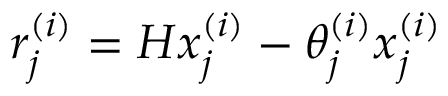
r _ { j } ^ { ( i ) } = H x _ { j } ^ { ( i ) } - \theta _ { j } ^ { ( i ) } x _ { j } ^ { ( i ) }